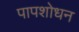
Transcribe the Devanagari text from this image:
पापशोधन